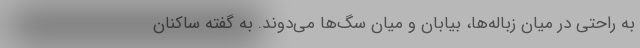
به راحتی در میان زباله‌ها، بیابان و میان سگ‌ها می‌دوند. به گفته ساکنان